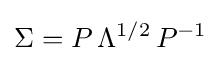
\Sigma =P\,\Lambda ^{1/2}\,P^{-1}